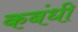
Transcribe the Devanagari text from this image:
कबंधी